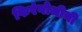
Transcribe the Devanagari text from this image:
फिरंगोजीनी